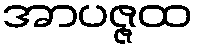
အာပဇ္ဇထ